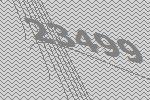
23499